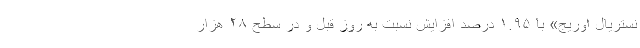
نستریال اوریج» با ۱.۹۵ درصد افزایش نسبت به روز قبل و در سطح ۲۸ هزار